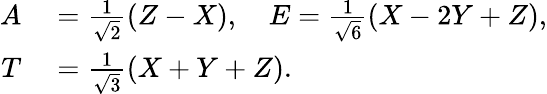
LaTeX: \begin{array}{rl}{A}&{{}=\frac{1}{\sqrt{2}}(Z-X),\quad E=\frac{1}{\sqrt{6}}(X-2Y+Z),}\\ {T}&{{}=\frac{1}{\sqrt{3}}(X+Y+Z).}\end{array}